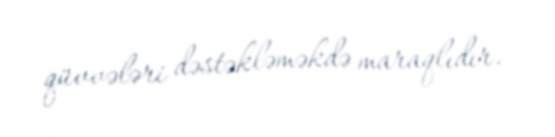
qüvvələri dəstəkləməkdə maraqlıdır.